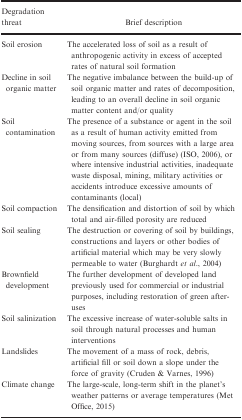
<table><thead><tr><td><b>Degradation threat</b></td><td><b>Brief description</b></td></tr></thead><tbody><tr><td>Soil erosion</td><td>The accelerated loss of soil as a result of anthropogenic activity in excess of accepted rates of natural soil formation</td></tr><tr><td>Decline in soil organic matter</td><td>The negative imbalance between the build‐up of soil organic matter and rates of decomposition, leading to an overall decline in soil organic matter content and/or quality</td></tr><tr><td>Soil contamination</td><td>The presence of a substance or agent in the soil as a result of human activity emitted from moving sources, from sources with a large area or from many sources (diffuse) (ISO, 2006), or where intensive industrial activities, inadequate waste disposal, mining, military activities or accidents introduce excessive amounts of contaminants (local)</td></tr><tr><td>Soil compaction</td><td>The densification and distortion of soil by which total and air‐filled porosity are reduced</td></tr><tr><td>Soil sealing</td><td>The destruction or covering of soil by buildings, constructions and layers or other bodies of artificial material which may be very slowly permeable to water (Burghardt <i>et al</i>., 2004)</td></tr><tr><td>Brownfield development</td><td>The further development of developed land previously used for commercial or industrial purposes, including restoration of green after‐uses</td></tr><tr><td>Soil salinization</td><td>The excessive increase of water‐soluble salts in soil through natural processes and human interventions</td></tr><tr><td>Landslides</td><td>The movement of a mass of rock, debris, artificial fill or soil down a slope under the force of gravity (Cruden &amp; Varnes, 1996)</td></tr><tr><td>Climate change</td><td>The large‐scale, long‐term shift in the planet's weather patterns or average temperatures (Met Office, 2015)</td></tr></tbody></table>